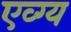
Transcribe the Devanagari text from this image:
एव्ग्य